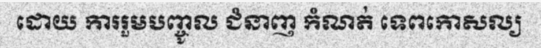
ដោយ ការរួមបញ្ចូល ជំនាញ កំណត់ ទេពកោសល្យ